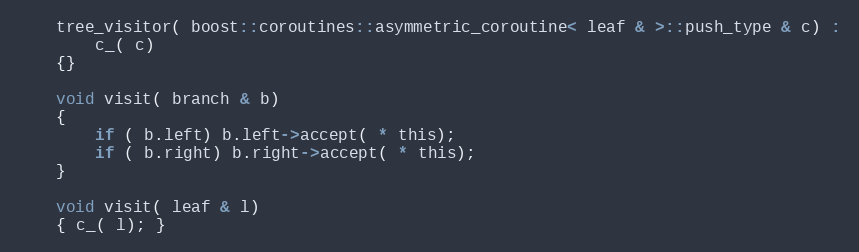
Language: C
    tree_visitor( boost::coroutines::asymmetric_coroutine< leaf & >::push_type & c) :
        c_( c)
    {}

    void visit( branch & b)
    {
        if ( b.left) b.left->accept( * this);
        if ( b.right) b.right->accept( * this);
    }

    void visit( leaf & l)
    { c_( l); }